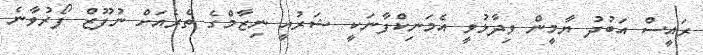
ރައީސް އަބުދު ޔާމީން ވިދާޅުވީ އެމަނިކްފާނަކީ ޝަރުއީ ނިޒާމްގެ ތެރެއަށް ނުފޫޒް ފޯރުވާނެ